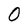
Character: 0